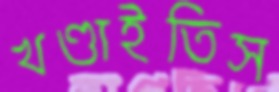
খণ্ডাইতিস